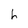
Character: h